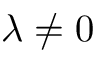
\lambda \neq 0